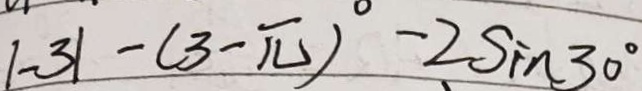
\vert - 3 \vert - ( 3 - \pi ) ^ { \circ } - 2 \sin 3 0 ^ { \circ }